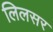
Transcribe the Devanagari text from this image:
लिलसर